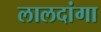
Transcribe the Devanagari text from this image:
लालदांगा